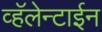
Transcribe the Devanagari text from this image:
व्हॅलेन्टाईन